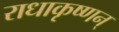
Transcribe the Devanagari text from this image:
राधाकृष्णन्‌